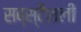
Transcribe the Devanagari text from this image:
सब्स्टैंशली